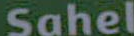
Sahel